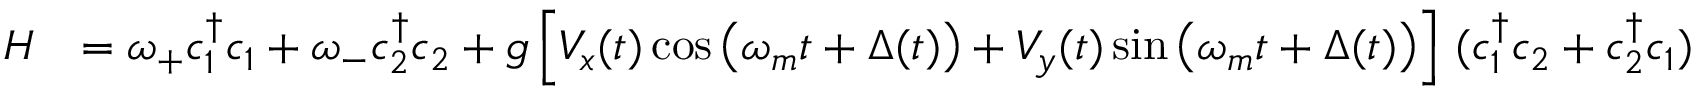
\begin{array} { r l } { H } & { = \omega _ { + } c _ { 1 } ^ { \dagger } c _ { 1 } + \omega _ { - } c _ { 2 } ^ { \dagger } c _ { 2 } + g \left[ V _ { x } ( t ) \cos \left( \omega _ { m } t + \Delta ( t ) \right) + V _ { y } ( t ) \sin \left( \omega _ { m } t + \Delta ( t ) \right) \right] \, ( c _ { 1 } ^ { \dagger } c _ { 2 } + c _ { 2 } ^ { \dagger } c _ { 1 } ) } \end{array}